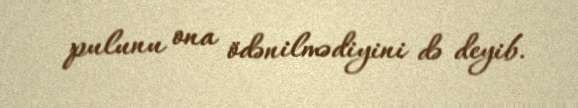
pulunu ona ödənilmədiyini də deyib.